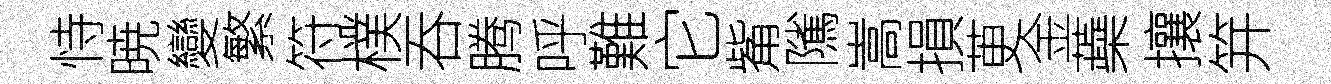
恃暁變繁符樸吞腾呼難它觜隲嵩損茰金蘃攘笄